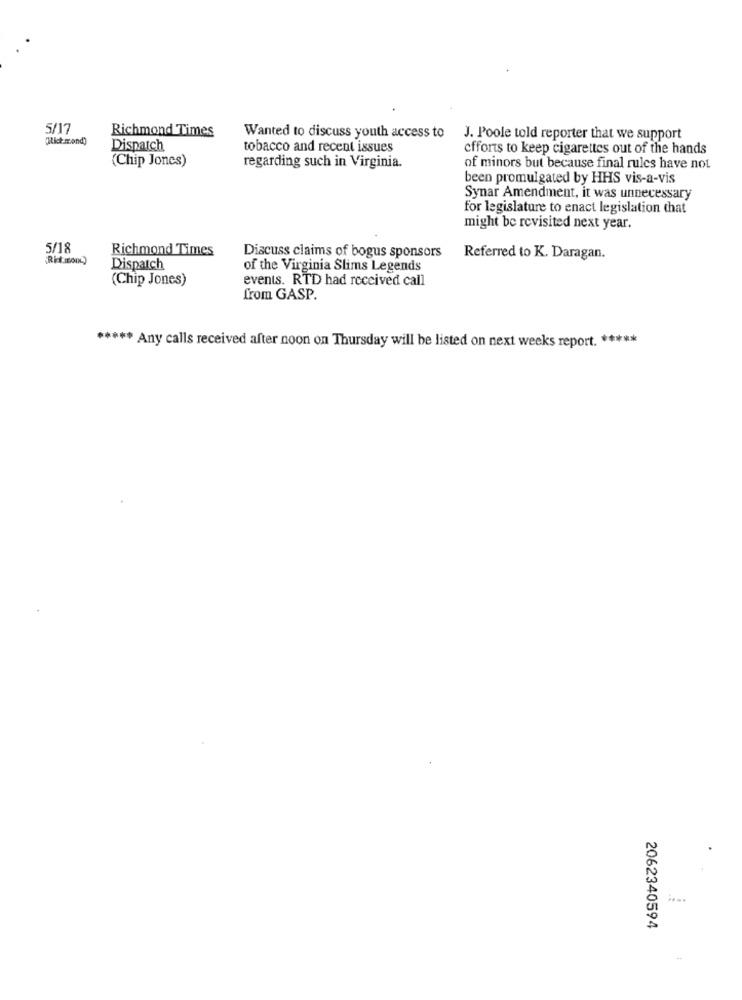
5/17
Richmond Times
(Hick mond)
Wanted to discuss youth access to
J. Poole told reporter that we support
Dispatch
tobacco and recent issues
efforts to keep cigarettes out of the hands
(Chip Jones)
regarding such in Virginia.
of minors but because final rules have not
been promulgated by HHS vis-a-vis
Synar Amendment, it was unnecessary
for legislature to enact legislation that
might be revisited next year.
5/18
Richmond Times
Discuss claims of bogus sponsors
Referred to K. Daragan.
Dispatch
of the Virginia Slims Legends
(Chip Jones)
events. RTD had received call
from GASP.
***** Any calls received after noon on Thursday will be listed on next weeks report. *****
2062340594